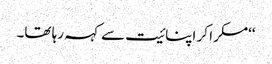
‘‘مسکرا کر اپنائیت سے کہہ رہا تھا۔